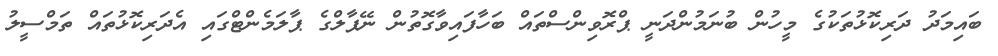
ބައިމަދު ދަރިކޮޅުތަކުގެ މީހުން ބުނަމުންދަނީ ޕްރޮވިންސްތައް ބަހާފައިވާގޮތުން ނޭޕާލްގެ ޕާލަމެންޓްގައި އެދަރިކޮޅުތައް ތަމްސީލު